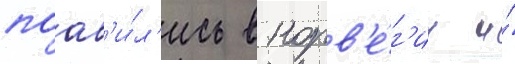
поав'и́л'ись в норв'е́г'ии и́